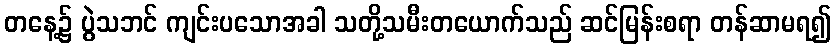
တနေ့၌ ပွဲသဘင် ကျင်းပသောအခါ သတို့သမီးတယောက်သည် ဆင်မြန်းစရာ တန်ဆာမရ၍